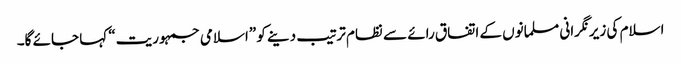
اسلام کی زیرنگرانی مسلمانوں کے اتفاق رائے سے نظام ترتیب دینے کو ”اسلامی جمہوریت“ کہا جائے گا۔